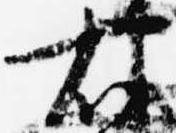
右